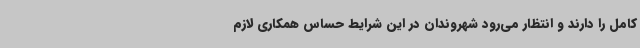
کامل را دارند و انتظار می‌رود شهروندان در این شرایط حساس همکاری لازم